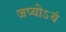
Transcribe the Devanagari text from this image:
जप्योऽयं